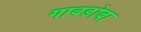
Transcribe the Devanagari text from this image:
गावडोबा